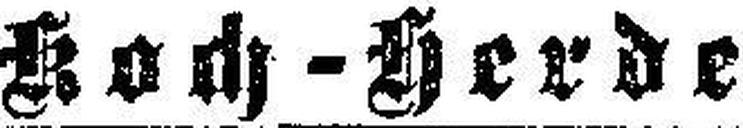
Koch-Herde